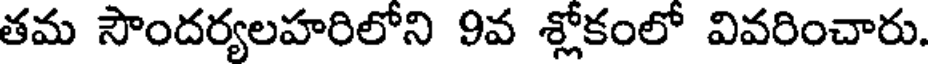
తమ సౌందర్యలహరిలోని 9వ శ్లోకంలో వివరించారు.